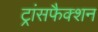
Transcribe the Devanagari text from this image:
ट्रांसफैक्शन